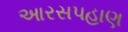
આરસપહાણ